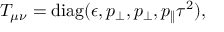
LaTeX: T _ { \mu \nu } = \mathrm { d i a g } ( \epsilon , p _ { \perp } , p _ { \perp } , p _ { \| } \tau ^ { 2 } ) ,